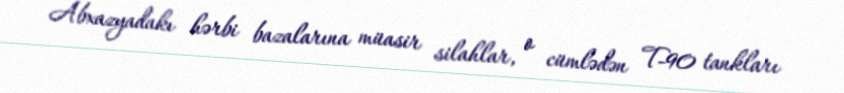
Abxazyadakı hərbi bazalarına müasir silahlar, o cümlədən T-90 tankları